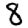
Digit: 8